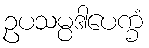
ဥပသမ္ပဒါပေက္ခံ